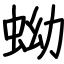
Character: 蚴